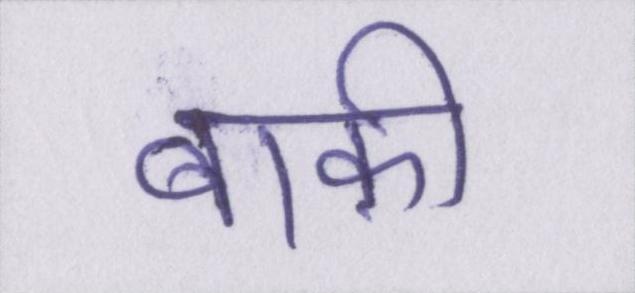
बाक़ी